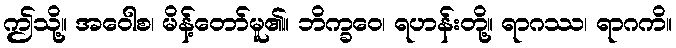
ဤသို့။ အဝေါစ၊ မိန့်တော်မူ၏။ ဘိက္ခဝေ၊ ရဟန်းတို့။ ရာဂဿ၊ ရာဂကိ။